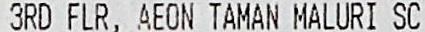
3RD FLR, AEON TAMAN MALURI SC